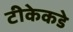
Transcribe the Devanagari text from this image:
टीकेकडे